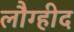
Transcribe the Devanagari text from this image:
लौग्हीद